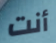
أنت